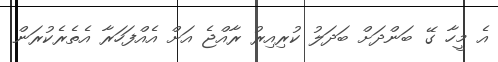
އެ މީހާ ގޭ ބަންދަށް ބަދަލު ކުރިއިރު ރާއްޖެ އަށް އެއްފަހަރާ އެތެރެކުރަން